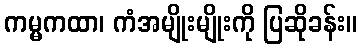
ကမ္မကထာ၊ ကံအမျိုးမျိုးကို ပြဆိုခန်း။